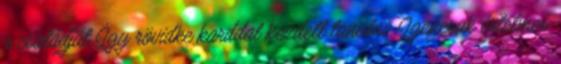
a családját. Így rövidke karddal kezdett tanulni. Igencsak értelmes